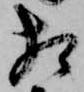
相